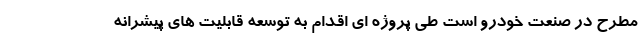
مطرح در صنعت خودرو است طی پروژه ای اقدام به توسعه قابلیت های پیشرانه